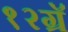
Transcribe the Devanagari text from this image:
१२ग्रॅ